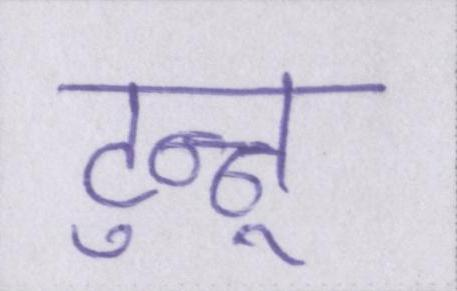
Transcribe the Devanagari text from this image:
टुन्नू